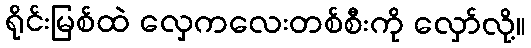
ရိုင်းမြစ်ထဲ လှေကလေးတစ်စီးကို လှော်လို့။